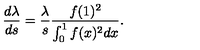
\frac { d \lambda } { d s } = \frac { \lambda } { s } \frac { f ( 1 ) ^ { 2 } } { \int _ { 0 } ^ { 1 } f ( x ) ^ { 2 } d x } .